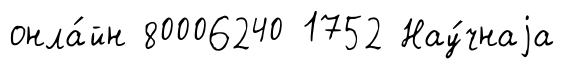
онла́йн 80006240 1752 Нау́чнаjа